Civil Veterinary Dept. Assam report 1911-1927 - 1911-1927
Year: 1911
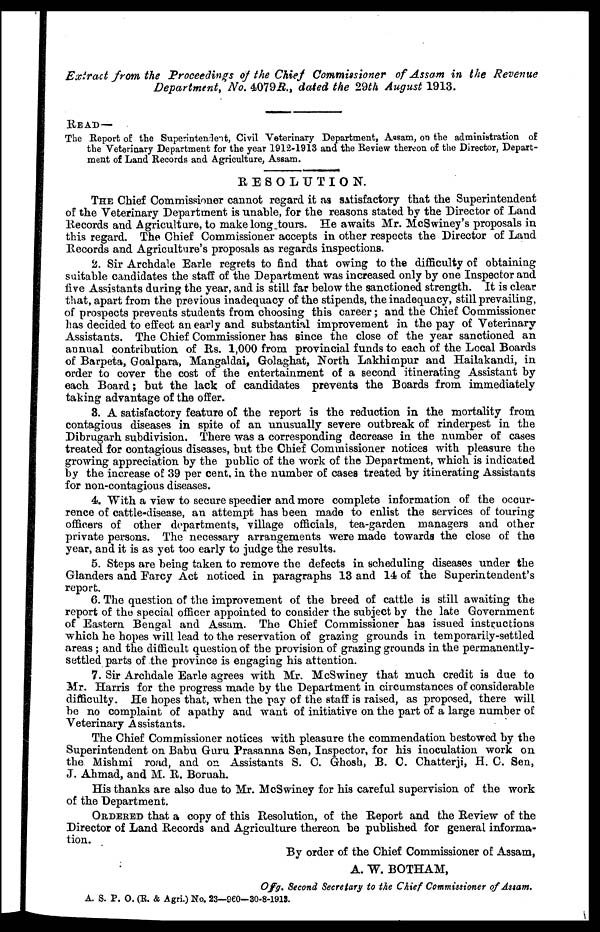
Extract from the Proceedings of the Chief Commissioner of Assam in the Revenue
Department, No. 4079R., dated the 29th August 1913.
READ—
The Report of the Superintendent, Civil Veterinary Department, Assam, on the administration of
the Veterinary Department for the year 1912-1913 and the Review thereon of the Director, Depart-
ment of Land Records and Agriculture, Assam.
RESOLUTION.
THE Chief Commissioner cannot regard it as satisfactory that the Superintendent
of the Veterinary Department is unable, for the reasons stated by the Director of Land
Records and Agriculture, to make long-tours. He awaits Mr. McSwiney's proposals in
this regard. The Chief Commissioner accepts in other respects the Director of Land
Records and Agriculture's proposals as regards inspections.
2. Sir Archdale Earle regrets to find that owing to the difficulty of obtaining
suitable candidates the staff of the Department was increased only by one Inspector and
five Assistants during the year, and is still far below the sanctioned strength. It is clear
that, apart from the previous inadequacy of the stipends, the inadequacy, still prevailing,
of prospects prevents students from choosing this career; and the Chief Commissioner
has decided to effect an early and substantial improvement in the pay of Veterinary
Assistants. The Chief Commissioner has since the close of the year sanctioned an
annual contribution of Rs. 1,000 from provincial funds to each of the Local Boards
of Barpeta, Goalpara, Mangaldai, Golaghat, North Lakhimpur and Hailakandi, in
order to cover the cost of the entertainment of a second itinerating Assistant by
each Board; but the lack of candidates prevents the Boards from immediately
taking advantage of the offer.
3. A satisfactory feature of the report is the reduction in the mortality from
contagious diseases in spite of an unusually severe outbreak of rinderpest in the
Dibrugarh subdivision. There was a corresponding decrease in the number of cases
treated for contagious diseases, but the Chief Commissioner notices with pleasure the
growing appreciation by the public of the work of the Department, which is indicated
by the increase of 39 per cent, in the number of cases treated by itinerating Assistants
for non-contagious diseases.
4. With a view to secure speedier and more complete information of the occur-
rence of cattle-disease, an attempt has been made to enlist the services of touring
officers of other departments, village officials, tea-garden managers and other
private persons. The necessary arrangements were made towards the close of the
year, and it is as yet too early to judge the results.
5. Steps are being taken to remove the defects in scheduling diseases under the
Glanders and Farcy Act noticed in paragraphs 13 and 14 of the Superintendent's
report.
6. The question of the improvement of the breed of cattle is still awaiting the
report of the special officer appointed to consider the subject by the late Government
of Eastern Bengal and Assam. The Chief Commissioner has issued instructions
which he hopes will lead to the reservation of grazing grounds in temporarily-settled
areas; and the difficult question of the provision of grazing grounds in the permanently-
settled parts of the province is engaging his attention.
7. Sir Archdale Earle agrees with Mr. McSwiney that much credit is due to
Mr. Harris for the progress made by the Department in circumstances of considerable
difficulty. He hopes that, when the pay of the staff is raised, as proposed, there will
be no complaint of apathy and want of initiative on the part of a large number of
Veterinary Assistants.
The Chief Commissioner notices with pleasure the commendation bestowed by the
Superintendent on Babu Guru Prasanna Sen, Inspector, for his inoculation work on
the Mishmi road, and on Assistants S. C. Ghosh, B. C. Chatterji, H. C. Sen,
J. Ahmad, and M. R. Boruah.
His thanks are also due to Mr. McSwiney for his careful supervision of the work
of the Department.
ORDERED that a copy of this Resolution, of the Report and the Review of the
Director of Land Records and Agriculture thereon be published for general informa-
tion.
By order of the Chief Commissioner of Assam,
A. W. BOTHAM,
Ojfg, Second Secretary to the Chief Commissioner of Assam.
A. S. P. O. (E. & Agri.) No. 23—960—30-8-1913.